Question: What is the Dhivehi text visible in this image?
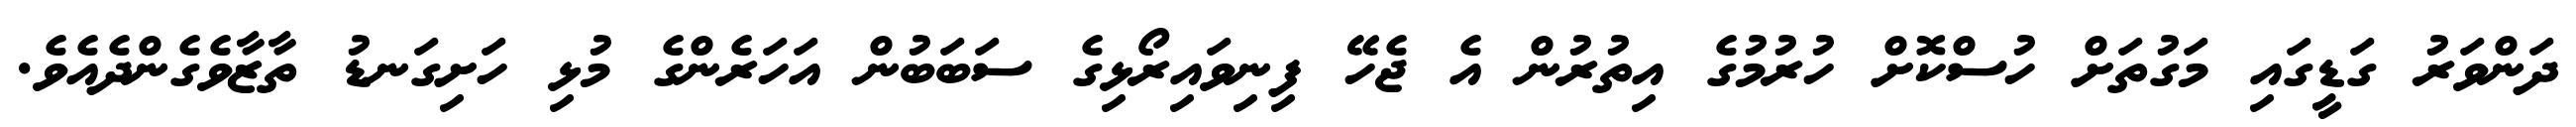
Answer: ދަންވަރު ގަޑީގައި މަގުތަށް ހުސްކޮށް ހުރުމުގެ އިތުރުން އެ ޖެހޭ ފިނިވައިރޯޅިގެ ސަބަބުން އަހަރެންގެ މުޅި ހަށިގަނޑު ތާޒާވެގެންދެއެވެ.